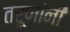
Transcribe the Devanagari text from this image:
तरूणांनी